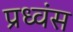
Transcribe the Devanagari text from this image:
प्रध्वंस